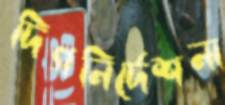
দিগনির্দেশনা